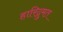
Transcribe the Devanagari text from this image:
हारिद्रुमत